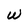
Character: w